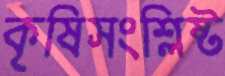
কৃষিসংশ্লিষ্ট